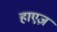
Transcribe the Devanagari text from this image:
हाएज़